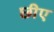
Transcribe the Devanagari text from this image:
छीए